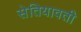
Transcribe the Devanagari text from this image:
सेतियावती